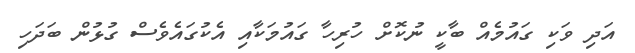
އަދި ވަކި ގައުމެއް ބާކީ ނުކޮށް ހުރިހާ ގައުމަކާއި އެކުގައެވެސް ގުޅުން ބަދަހި